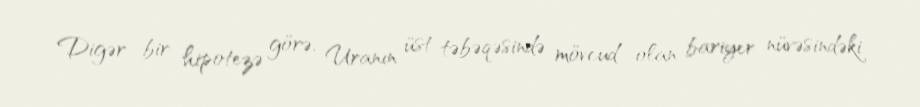
Digər bir hipotezə görə, Uranın üst təbəqəsində mövcud olan bariyer nüvəsindəki